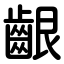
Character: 齦